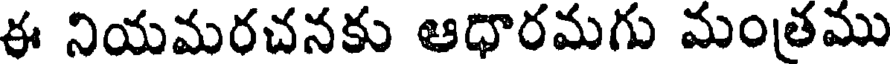
ఈ నియమరచనకు ఆధారమగు మంతము